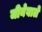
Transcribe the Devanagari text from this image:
जीनेवाले